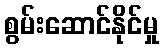
စွမ်းဆောင်နိုင်မှု